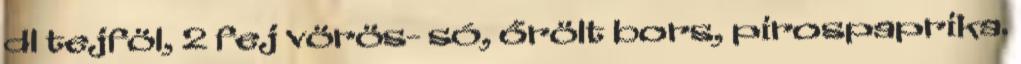
dl tejföl, 2 fej vörös- só, őrölt bors, pirospaprika.